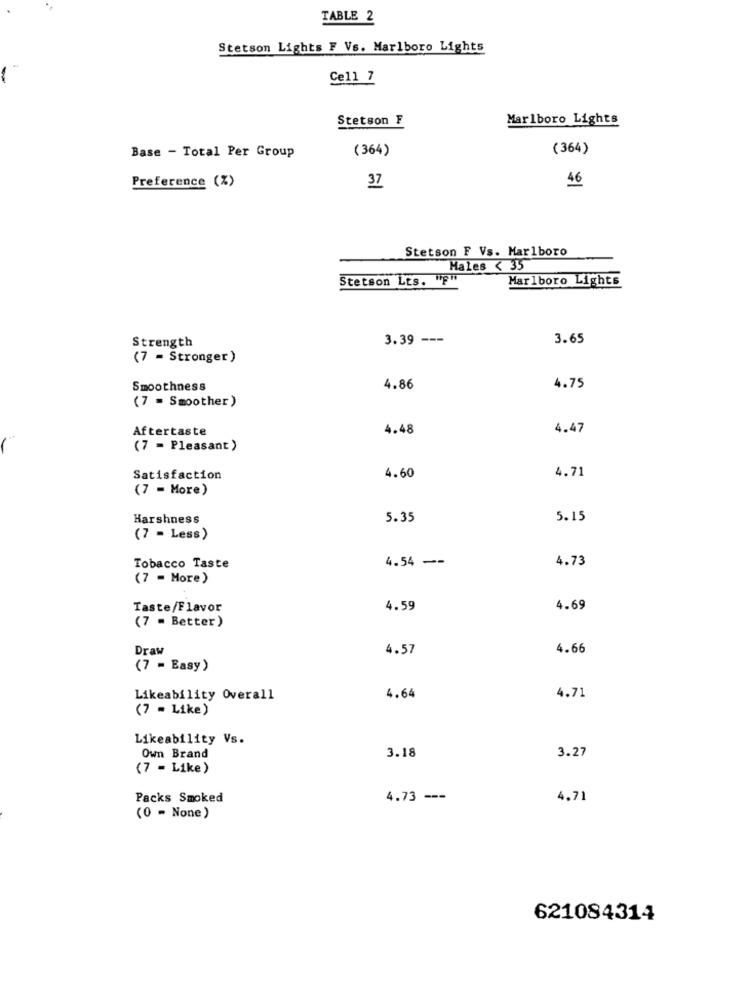
TABLE 2
Stetson Lights F Vs. Marlboro Lights
Cell 7
Stetson F
Marlboro Lights
(364)
(364)
Base - Total Per Group
46
Preference (%)
37
Stetson F Vs. Marlboro
Males < 35
Stetson Lts. "F"
Marlboro Lights
3.39 ---
3.65
Strength
(7 = Stronger)
Smoothness
4.86
4.75
(7 = Smoother)
Aftertaste
4.48
4.47
(7 = Pleasant )
Satisfaction
4.60
4.71
(7 - More)
Harshness
5.35
5.15
(7 = Less)
4.54 --
4.73
Tobacco Taste
(7 = More)
Taste/Flavor
4.59
4.69
(7 = Better)
Draw
4.57
4.66
(7 = Easy)
Likeability Overall
4.64
4.71
(7 = Like)
Likeability Vs.
Own Brand
3.18
3.27
(7 - Like)
Packs Smoked
4.73 ---
4.71
(0 - None)
621084314